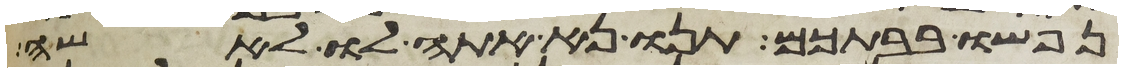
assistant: נפשו בבתכם תנו נא אתה לו לאשה